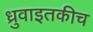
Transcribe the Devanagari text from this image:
ध्रुवाइतकीच